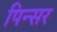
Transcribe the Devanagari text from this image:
पिन्सर